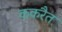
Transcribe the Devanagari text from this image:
ककरैत